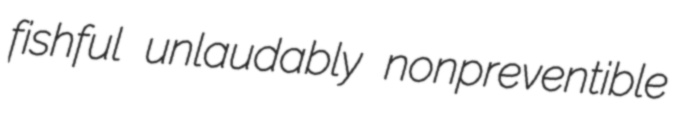
fishful unlaudably nonpreventible